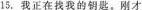
15.我正在找我的钥匙.刚才